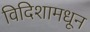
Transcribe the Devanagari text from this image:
विदिशामधून